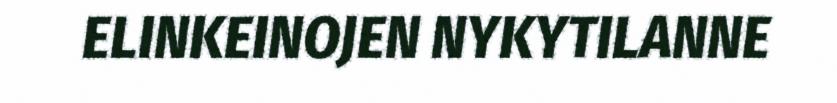
ELINKEINOJEN NYKYTILANNE